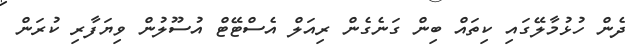
ދެން ހުޅުމާލޭގައި ކިތައް ބިން ގަނެގެން ރިއަލް އެސްޓޭޓް އުސޫލުން ވިޔަފާރި ކުރަން